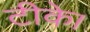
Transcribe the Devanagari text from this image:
टीके।